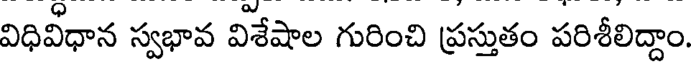
విధివీధాన స్వభావ విశేషాల గురించి ప్రస్తుతం పరిశీలిద్దాం.